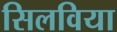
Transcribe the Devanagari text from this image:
सिलविया